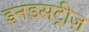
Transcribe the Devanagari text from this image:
इनडसट्रीज़